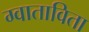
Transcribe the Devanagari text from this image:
ग्वाताविता